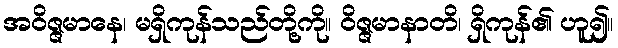
အဝိဇ္ဇမာနေ၊ မရှိကုန်သည်တို့ကို။ ဝိဇ္ဇမာနာတိ၊ ရှိကုန်၏ ဟူ၍။